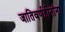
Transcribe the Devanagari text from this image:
जातिवर्णहीनांना